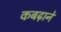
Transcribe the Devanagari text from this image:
कबढ़ाने